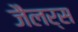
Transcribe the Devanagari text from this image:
जैलर्स